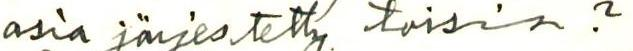
asia järjestetty toisin?